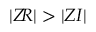
| Z \! R | > | Z I |